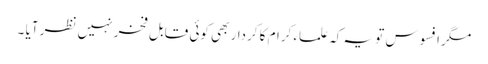
مگر افسوس تو یہ کہ علماء کرام کا کردار بھی کوئی قابل فخر نہیں نظر آیا ۔